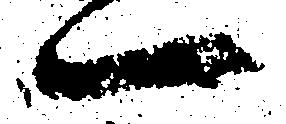
一